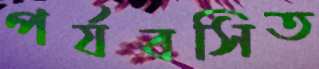
পর্যবসিত